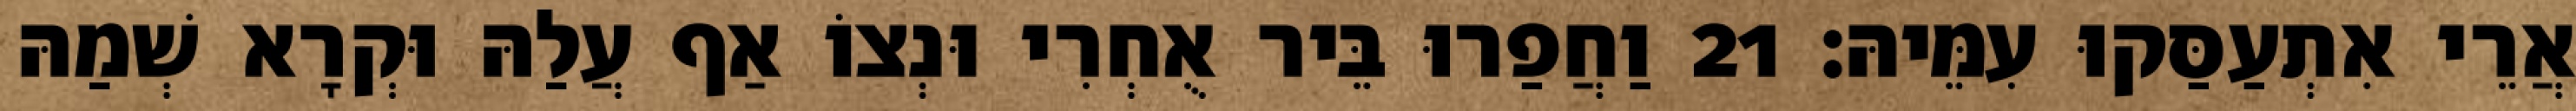
אֲרֵי אִתְעַסַּקוּ עִמֵּיהּ׃ 21 וַחֲפַרוּ בֵּיר אֻחְרִי וּנְצוֹ אַף עֲלַהּ וּקְרָא שְׁמַהּ